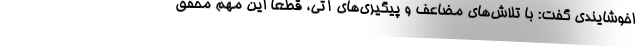
اخوشایندی گفت: با تلاش‌های مضاعف و پیگیری‌های آتی، قطعا این مهم محقق